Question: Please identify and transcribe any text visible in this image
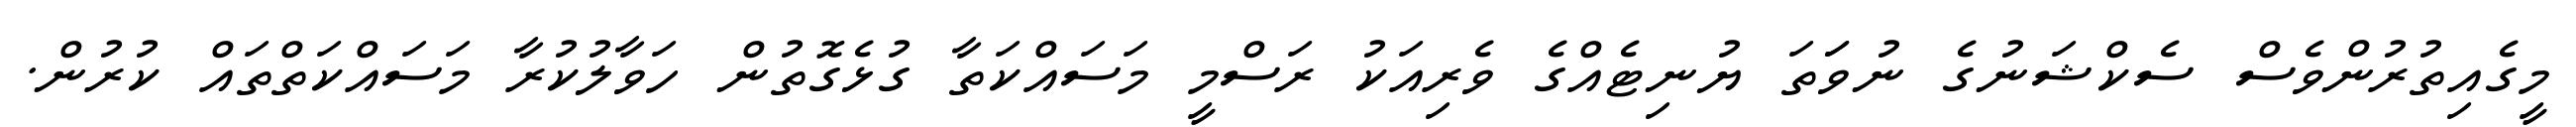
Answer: މީގެއިތުރުންވެސް ސެކްޝަނުގެ ނުވަަތަ ޔުނިޓެއްގެ ވެރިއަކު ރަސްމީ މަސައްކަތާ ގުޅެގޮތުން ހަވާލުކުރާ މަސައްކަތްތައް ކުރުން.